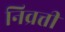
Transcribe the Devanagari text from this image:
निव्रत्ती